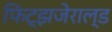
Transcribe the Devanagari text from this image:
फिट्झजेराल्ड